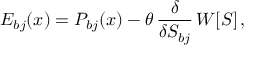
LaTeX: { \cal E } _ { b j } ( x ) = P _ { b j } ( x ) - \theta \, \frac { \delta } { \delta S _ { b j } } \, W [ S ] \, ,